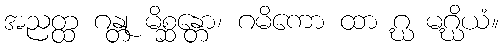
အညတ္ထ ဂန္တု မိစ္ဆန္တော၊ ဂမိကော ထာ ဂ္ဃ မဂ္ဃိယံ။